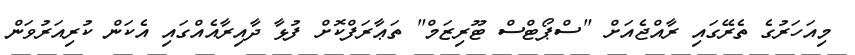
މިއަހަރުގެ ތެރޭގައި ރާއްޖެއަށް "ސްޕޯޓްސް ޓޫރިޒަމް" ތަޢާރަފްކޮށް ފުޅާ ދާއިރާއެއްގައި އެކަން ކުރިއަރުވަން